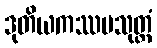
ဒုတိယကဿပသုတ္တံ